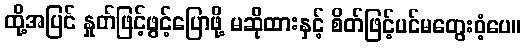
ထို့အပြင် နှုတ်ဖြင့်ဖွင့်ပြောဖို့ မဆိုထားနှင့် စိတ်ဖြင့်ပင်မတွေးဝံ့ပေ။